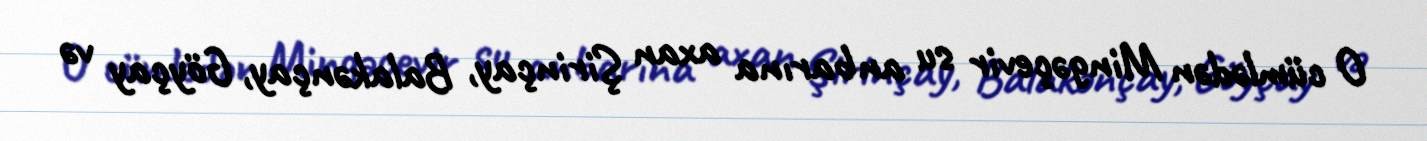
O cümlədən Mingəçevir su anbarına axan Şirinçay, Balakənçay, Göyçay və